Annual administration report of the Civil Veterinary Department of India - 1902-1903
Year: 1902
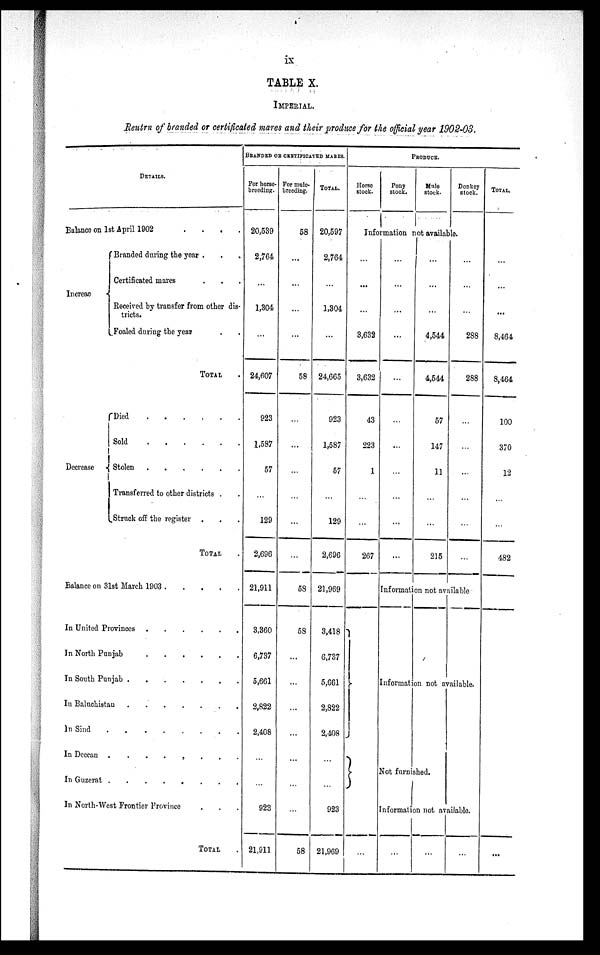
ix
TABLE X.
IMPERIAL.
Reutrn of branded or certificated mares and their produce for the official year 1902-03.
DETAILS.
Balance on 1st April 1902
.
.
.
.
Increase
Branded during the year . . .
Certificated mares . . .
Received by transfer from other dis-
tricts.
Foaled during the year . .
TOTAL .
Decrease
Died
.
.
.
.
.
.
Sold
.
.
.
.
.
.
Stolen . . . . . .
Transferred to other districts . .
Struck off the register . . .
TOTAL .
Balance on 31st March 1903 . . . . . .
In United Provinces
.
.
.
.
.
.
In North Punjab
.
.
.
.
.
.
In South Punjab
.
.
.
.
.
.
In Baluchistan
.
.
.
.
.
.
In Sind
.
.
.
.
.
.
.
In Deccan .
.
.
.
.
.
.
In Guzerat .
.
.
.
.
.
.
.
In North-West Frontier Province . . .
TOTAL .
BRANDED OR CERTIFICATED MARES.
For horse¬
breeding.
20,539
2,764
...
1,304
...
24,607
923
1,587
57
...
129
2,696
21,911
3,360
6,737
5,661
2,822
2,408
...
...
923
21,911
For mule¬
breeding.
58
...
...
...
...
58
...
...
...
...
...
...
58
58
...
...
...
...
...
...
...
58
TOTAL.
20,597
2,764
...
1,304
...
24,665
923
1,587
57
...
129
2,696
21,969
3,418
6,737
5,661
2,822
2,408
...
...
923
21,969
PRODUCE.
Horse
Stock.
Pony
stock.
Mule
stock.
Donkey
stock.
Information not available.
...
...
...
3,632
3,632
43
223
1
...
...
267
...
...
...
...
...
...
...
...
...
...
...
...
...
...
4,544
4,544
57
147
11
...
...
215
...
...
...
288
288
...
...
...
...
...
...
TOTAL.
...
...
...
8,464
8,464
100
370
12
...
...
482
Information not available
Information not available.
Not furnished.
Information not available.
...
...
...
...
...